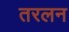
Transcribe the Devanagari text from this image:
तरलन